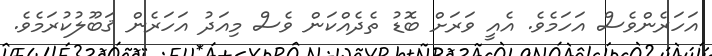
އަހަރެންވެސް އަހަމެވެ. އެއީ ވަރަށް ބޮޑު ތެދެއްކަން ވެސް މިއަދު އަހަރެން ޤަބޫލުކުރަމެވެ.